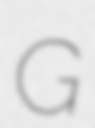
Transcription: G